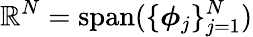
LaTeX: \mathbb{R}^{N}=\operatorname{span}(\{ \boldsymbol{\phi}_{j}\} _{j=1}^{N})